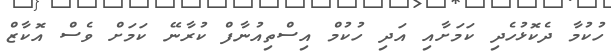
ހުކުމާ ދެކޮޅުހެދި ކަމަށާއި އަދި ހުކުމް އިސްތިއުނާފް ކުރާނޭ ކަމަށް ވެސް އޮކާޒް